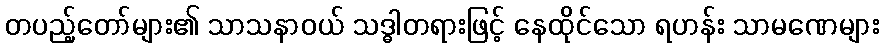
တပည့်တော်များ၏ သာသနာဝယ် သဒ္ဓါတရားဖြင့် နေထိုင်သော ရဟန်း သာမဏေများ